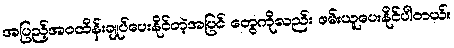
အပြည့်အဝထိန်းချုပ်ပေးနိုင်တဲ့အပြင် တွေကိုလည်း ဖမ်းယူပေးနိုင်ပါတယ်။